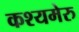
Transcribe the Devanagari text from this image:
कश्यमेरु